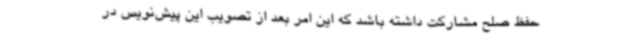
حفظ صلح مشارکت داشته باشد که این امر بعد از تصویب این پیش‌نویس در